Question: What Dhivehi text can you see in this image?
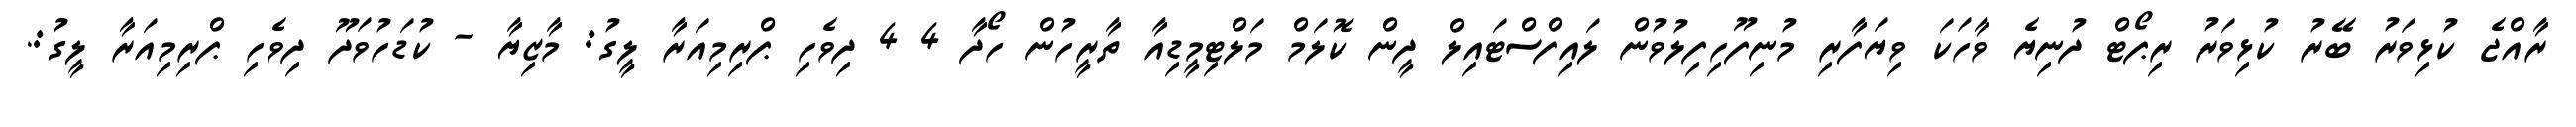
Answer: ރާއްޖެ ކުޅިވަރު ބޭރު ކުޅިވަރު ރިޕޯޓް ދުނިޔެ ވާހަކަ ވިޔަފާރި މުނިފޫހިފިލުވުން ލައިފްސްޓައިލް ދީން ކޮލަމް މަލްޓިމީޑިއާ ތާރީހުން ހޯދާ 4 4 ދިވެހި ޕްރިމިއަރާ ލީގު: މާޒިޔާ - ކުޑަހުވަދޫ ދިވެހި ޕްރިމިއަރާ ލީގު:.